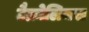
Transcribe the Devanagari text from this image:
टैक्रोलिमस